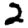
Digit: 2